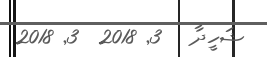
ޝަހީދާ   3